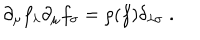
LaTeX: \partial _ { \mu } f _ { \lambda } \partial _ { \mu } f _ { \sigma } = \rho ( f ) \delta _ { \lambda \sigma } \; .